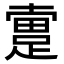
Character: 𨂬